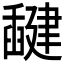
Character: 𰯻